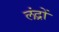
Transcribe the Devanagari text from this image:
लंद्रों